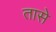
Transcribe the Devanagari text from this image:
तासे